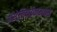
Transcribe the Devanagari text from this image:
ऑस्ट्रेलियाईकारावास